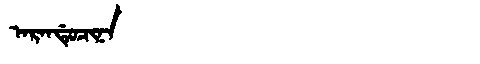
Manchu: ᠠᡵᠠᠨᡩᡠᠴᡳᠨᠠ
Romanization: ARANDUCINA